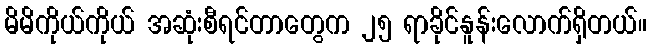
မိမိကိုယ်ကိုယ် အဆုံးစီရင်တာတွေက ၂၅ ရာခိုင်နူန်းလောက်ရှိတယ်။